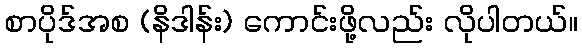
စာပိုဒ်အစ (နိဒါန်း) ကောင်းဖို့လည်း လိုပါတယ်။